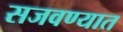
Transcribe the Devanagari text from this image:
सजवण्यात